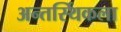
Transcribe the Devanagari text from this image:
अन्तर्स्थिकला